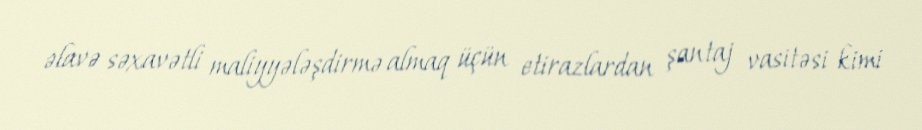
əlavə səxavətli maliyyələşdirmə almaq üçün etirazlardan şantaj vasitəsi kimi